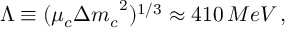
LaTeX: \Lambda \equiv ( \mu _ { c } { \Delta m _ { c } } ^ { 2 } ) ^ { 1 / 3 } \approx 4 1 0 \, M e V \, ,